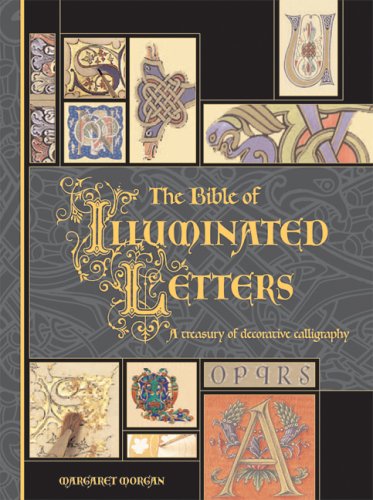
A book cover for The Bible of Illuminated Letters: A Treasury of Decorative Calligraphy (Quarto Book); Margaret Morgan; Arts & Photography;